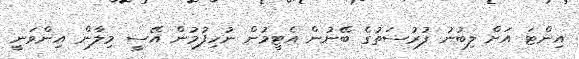
އިންޓަ އަށް ލިބުނު ފުރުސަތުގެ ބޭނުން އެޓީމުން ނުހިފުމުން އޭސީ މިލާން އިންވަނީ